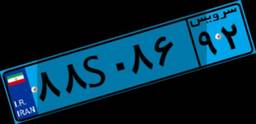
۰۷S۴۰۲۷۰